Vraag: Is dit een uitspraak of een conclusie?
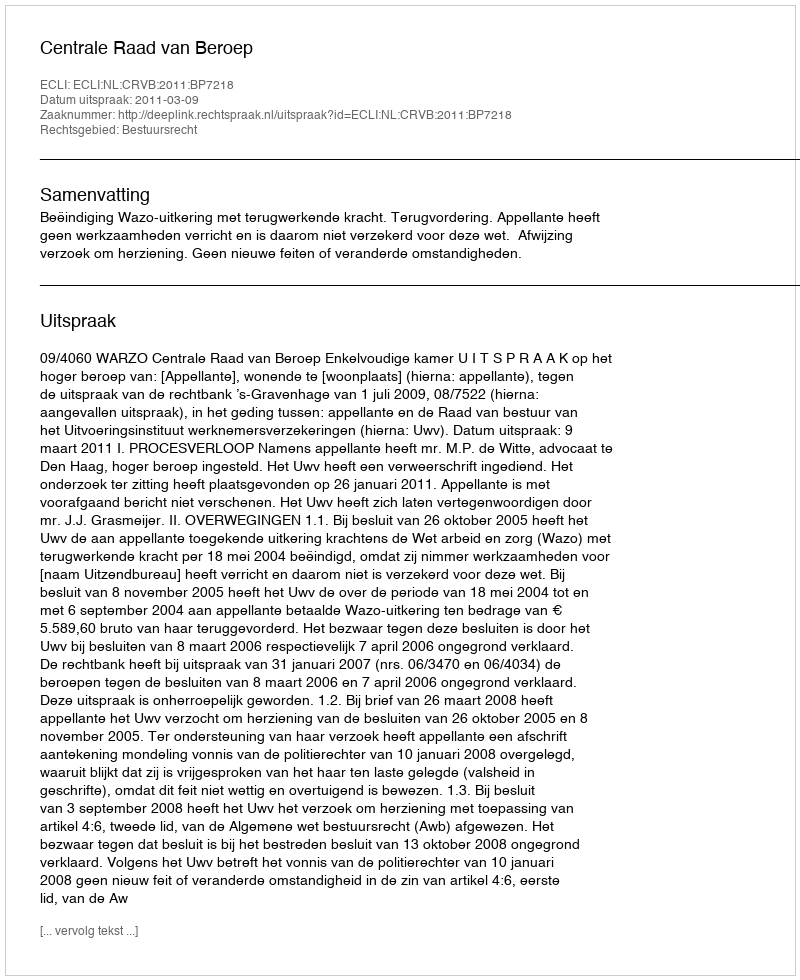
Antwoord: Uitspraak